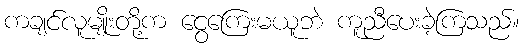
ကချင်လူမျိုးတို့က ငွေကြေးမယူဘဲ ကူညီပေးခဲ့ကြသည်။